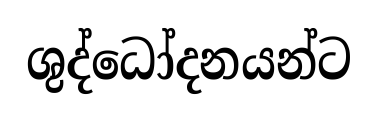
ශුද්ධෝදනයන්ට